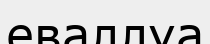
еваллуа